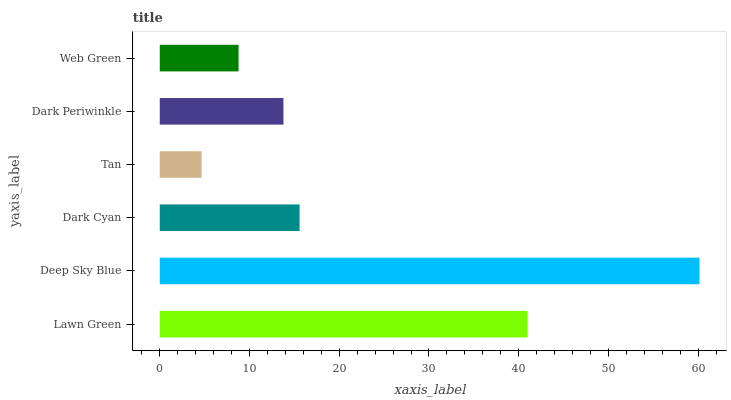
| yaxis_label | bars |
 | --- | --- |
 | Lawn Green | 41 |
 | Deep Sky Blue | 60.2 |
 | Dark Cyan | 15.6 |
 | Tan | 4.66 |
 | Dark Periwinkle | 13.8 |
 | Web Green | 8.78 |